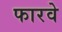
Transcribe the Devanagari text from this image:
फारवे